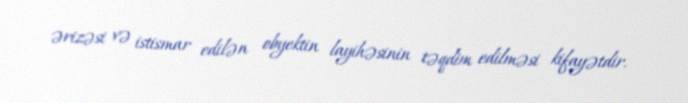
ərizəsi və istismar edilən obyektin layihəsinin təqdim edilməsi kifayətdir.